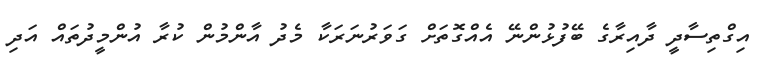
އިގްތިސާދީ ދާއިރާގެ ބޭފުޅުންނޭ އެއްގޮތަށް ގަވަރުނަރަކާ މެދު އާންމުން ކުރާ އުންމީދުތައް އަދި